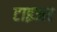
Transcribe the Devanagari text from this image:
टाइअर